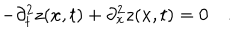
- \partial _ { t } ^ { 2 } z ( x , t ) + \partial _ { x } ^ { 2 } z ( x , t ) = 0 \quad .